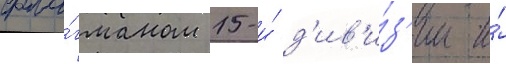
фла́гманом 15-и́ д'ив'и́з'ии и́